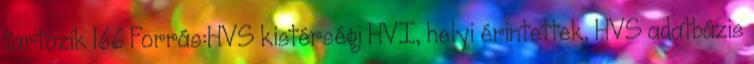
tartozik 166 Forrás:HVS kistérségi HVI, helyi érintettek, HVS adatbázis